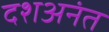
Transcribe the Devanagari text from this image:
दशअनंत